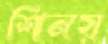
শিনয়